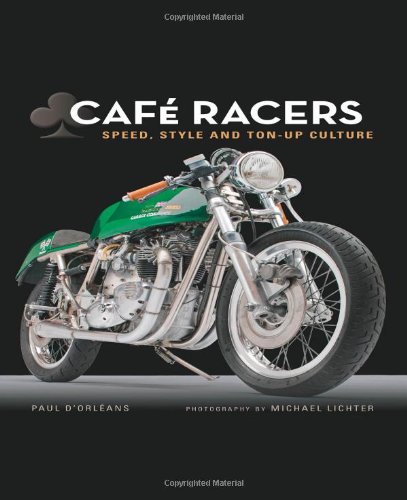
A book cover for Cafe Racers: Speed, Style, and Ton-Up Culture; Michael Lichter; Engineering & Transportation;